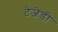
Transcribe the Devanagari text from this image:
टेजेडी